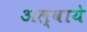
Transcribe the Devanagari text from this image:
अल्वाये